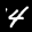
Label: 4